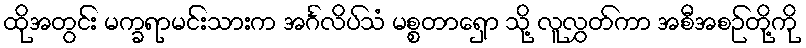
ထိုအတွင်း မက္ခရာမင်းသားက အင်္ဂလိပ်သံ မစ္စတာရှော သို့ လူလွှတ်ကာ အစီအစဉ်တို့ကို